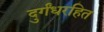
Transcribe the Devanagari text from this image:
दुर्गंधरहित